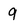
Character: 9